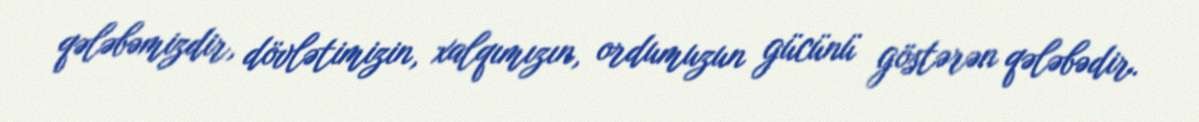
qələbəmizdir, dövlətimizin, xalqımızın, ordumuzun gücünü göstərən qələbədir.